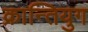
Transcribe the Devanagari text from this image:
क्रान्तियुग